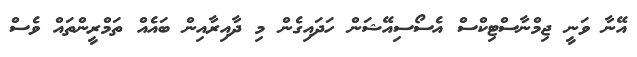
އޭނާ ވަނީ ޖިމްނާސްޓިކްސް އެސޯސިއޭޝަން ހަދައިގެން މި ދާއިރާއިން ބައެއް ތަމްރީންތައް ވެސް